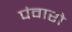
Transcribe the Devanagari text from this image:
पंवारो